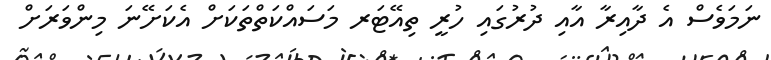
ނަމަވެސް އެ ދާއިރާ އާއި ދުރުގައި ހުރީ ތިއޭޓަރ މަސައްކަތްތަކަށް އެކަށޭނަ މިންވަރަށް